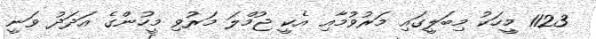
1123 މީހަކު މިބަލީގައި މަރުވުމާއި އެކީ ޖުމްލަ މަރުވި މީހުންގެ އަދަދު ވަނީ